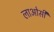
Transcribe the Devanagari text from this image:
लाओसी